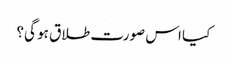
کیا اس صورت طلاق ہو گی؟